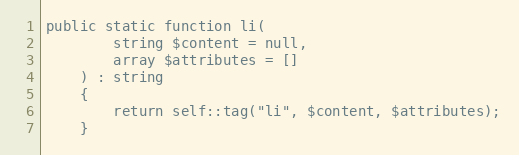
Language: PHP
public static function li(
        string $content = null,
        array $attributes = []
    ) : string
    {
        return self::tag("li", $content, $attributes);
    }